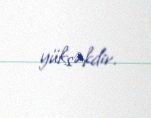
yüksəkdir.